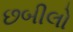
છબીલો